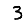
Digit: 3